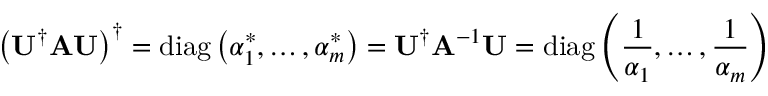
\left( \mathbf { U } ^ { \dagger } \mathbf { A } \mathbf { U } \right) ^ { \dagger } = \operatorname { d i a g } \left( \alpha _ { 1 } ^ { * } , \ldots , \alpha _ { m } ^ { * } \right) = \mathbf { U } ^ { \dagger } \mathbf { A } ^ { - 1 } \mathbf { U } = \operatorname { d i a g } \left( { \frac { 1 } { \alpha _ { 1 } } } , \ldots , { \frac { 1 } { \alpha _ { m } } } \right)